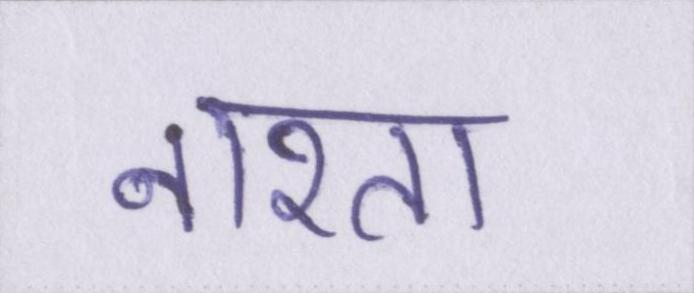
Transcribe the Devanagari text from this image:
नाश्ता